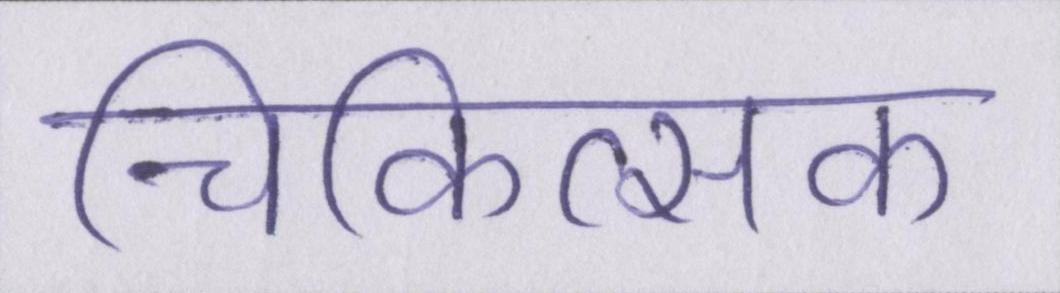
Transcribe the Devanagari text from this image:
चिकित्सक